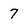
Character: 7